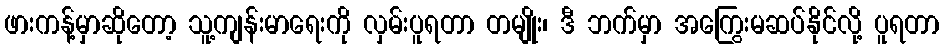
ဖားကန့်မှာဆိုတော့ သူ့ကျန်းမာရေးကို လှမ်းပူရတာ တမျိုး၊ ဒီ ဘက်မှာ အကြွေးမဆပ်နိုင်လို့ ပူရတာ